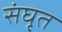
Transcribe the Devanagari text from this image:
संघृत